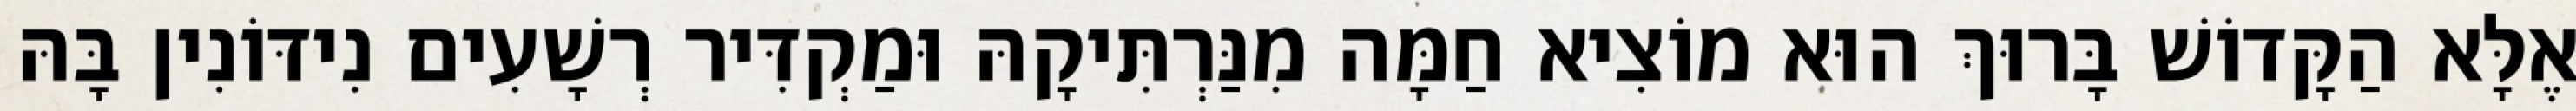
אֶלָּא הַקָּדוֹשׁ בָּרוּךְ הוּא מוֹצִיא חַמָּה מִנַּרְתִּיקָהּ וּמַקְדִּיר רְשָׁעִים נִידּוֹנִין בָּהּ